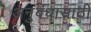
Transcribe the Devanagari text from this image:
अनुबंधासाठी